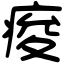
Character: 痠